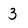
Character: 3